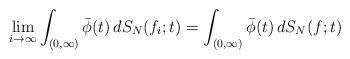
LaTeX: \begin{align*}\lim_{i\to\infty}\int_{(0,\infty)}\bar\phi(t)\,dS_N(f_i;t)=\int_{(0,\infty)}\bar\phi(t)\,dS_N(f;t)\end{align*}